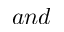
a n d